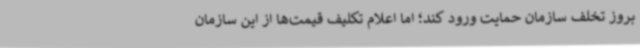
بروز تخلف سازمان حمایت ورود کند؛ اما اعلام تکلیف قیمت‌ها از این سازمان